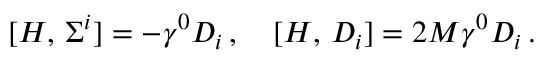
[ H , \, \Sigma ^ { i } ] = - \gamma ^ { 0 } { \cal D } _ { i } \, , \quad [ H , \, { \cal D } _ { i } ] = 2 M \gamma ^ { 0 } { \cal D } _ { i } \, .